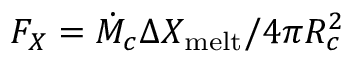
F _ { X } = \dot { M } _ { c } \Delta X _ { \mathrm { m e l t } } / 4 \pi R _ { c } ^ { 2 }